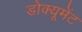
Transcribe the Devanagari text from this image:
डोक्यूमेंट